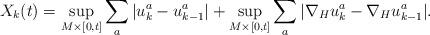
LaTeX: \begin{align*}X_k (t) = \sup_{M \times [0, t]} \sum_a | u^a_k -u^a_{k-1} | + \sup_{M \times [0, t]} \sum_a | \nabla_H u^a_k - \nabla_H u^a_{k-1} |.\end{align*}